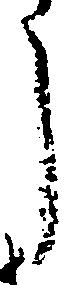
し